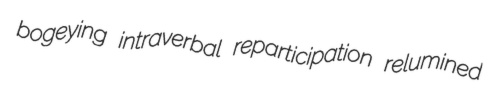
bogeying intraverbal reparticipation relumined